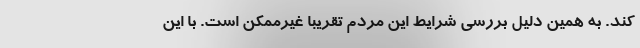
کند. به همین دلیل بررسی شرایط این مردم تقریبا غیرممکن است. با این